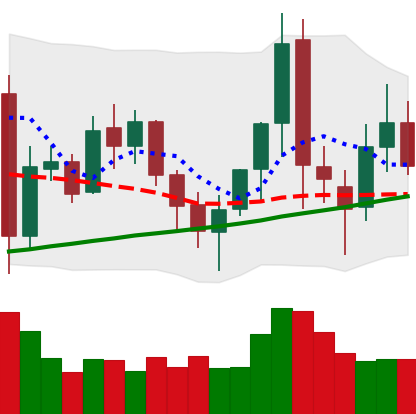
Ticker: XMR-USD
Chart end date: 2021-11-15
Forward return: -7.67%
Label: down_7plus